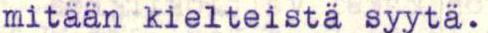
mitään kielteistä syytä.